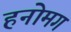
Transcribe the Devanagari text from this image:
हनोमग